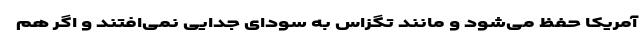
آمریکا حفظ می‌شود و مانند تگزاس به سودای جدایی نمی‌افتند و اگر هم